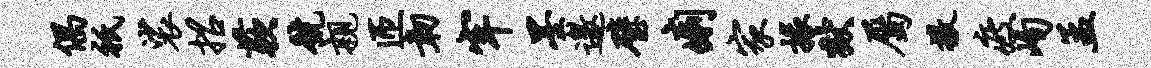
偶只裟招蔌号亲匝韧牢墨邀璧痢家掾狱属撒疲峋孟